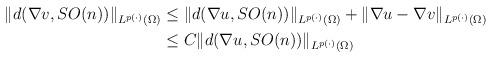
LaTeX: \begin{align*}\begin{aligned}\|d(\nabla v,SO(n))\|_{L^{p(\cdot)}(\Omega)}&\le \|d(\nabla u,SO(n))\|_{L^{p(\cdot)}(\Omega)}+\|\nabla u-\nabla v\|_{L^{p(\cdot)}(\Omega)}\\&\le C\|d(\nabla u,SO(n))\|_{L^{p(\cdot)}(\Omega)}\end{aligned}\end{align*}